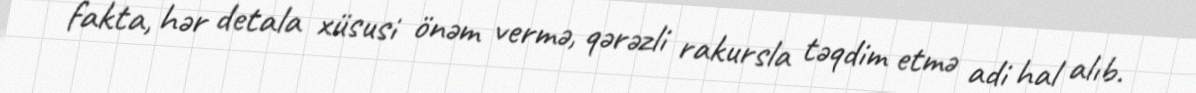
fakta, hər detala xüsusi önəm vermə, qərəzli rakursla təqdim etmə adi hal alıb.